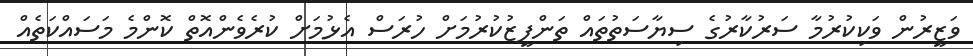
ވަޒީރުން ވަކިކުރުމާ ސަރުކާރުގެ ސިޔާސަތުތައް ތަންފީޒުކުރުމަށް ހުރަސް އެޅުމަށް ކުރެވެންއޮތް ކޮންމެ މަސައްކަތެއް